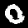
Label: 0